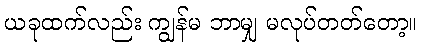
ယခုထက်လည်း ကျွန်မ ဘာမျှ မလုပ်တတ်တော့။